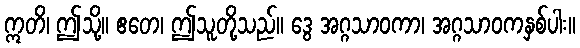
ဣတိ၊ ဤသို့။ ဧတေ၊ ဤသူတို့သည်။ ဒွေ အဂ္ဂသာဝကာ၊ အဂ္ဂသာဝကနှစ်ပါး။